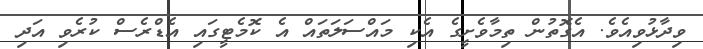
ވިދާޅުވިއެވެ. އެގޮތުން ތިމާވެށީގެ އެކި މައްސަލަތައް އެ ކޮމެޓީގައި އެޑްރެސް ކުރެވި އަދި